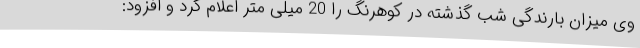
وی میزان بارندگی شب گذشته در کوهرنگ را 20 میلی متر اعلام کرد و افزود: